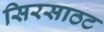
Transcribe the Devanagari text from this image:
सिरसाठट